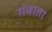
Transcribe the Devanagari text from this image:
गंवाता